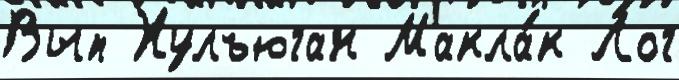
Вып Хулъюган Макла́к Лог